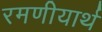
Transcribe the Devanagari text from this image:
रमणीयार्थ